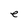
Character: e